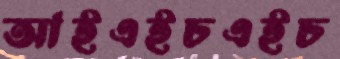
আইএইচএইচ